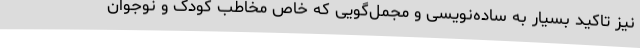
نیز تاکید بسیار به ساده‌نویسی و مجمل‌گویی که خاص مخاطب کودک و نوجوان